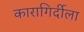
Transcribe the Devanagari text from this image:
कारागिर्दीला